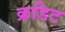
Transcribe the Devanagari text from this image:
क्रडिट